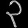
Digit: ၃